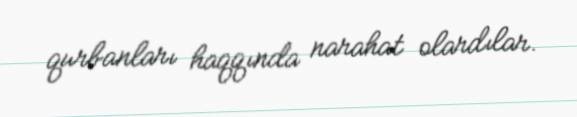
qurbanları haqqında narahat olardılar.